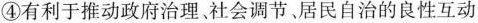
④有利于推动政府治理、社会调节居民自治的良性互动